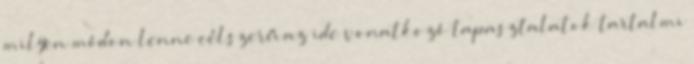
milyen módon lenne célszerű az ide vonatkozó tapasztalatok tartalmi